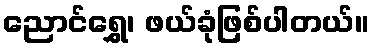
ညောင်ရွှေ၊ ဖယ်ခုံဖြစ်ပါတယ်။